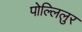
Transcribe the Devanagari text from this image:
पोल्लिलुर